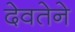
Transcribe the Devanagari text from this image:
देवतेने